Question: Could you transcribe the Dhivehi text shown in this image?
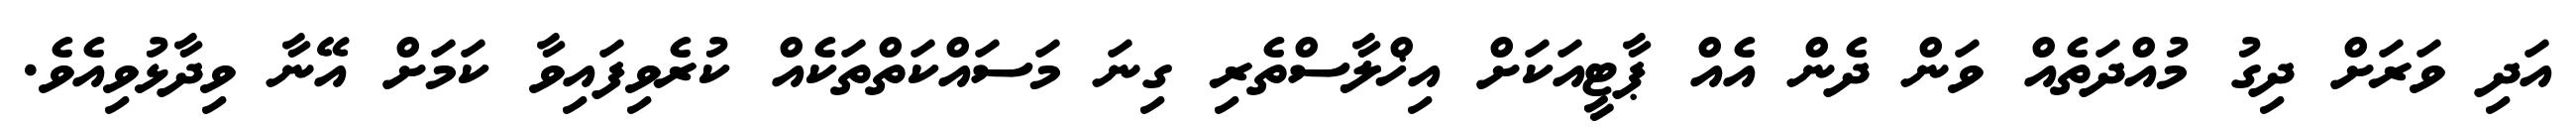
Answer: އަދި ވަރަށް ދިގު މުއްދަތެއް ވަން ދެން އެއް ޕާޓީއަކަށް އިޚްލާސްތެރި ގިނަ މަސައްކަތްތަކެއް ކުރެވިފައިވާ ކަމަށް އޭނާ ވިދާޅުވިއެވެ.